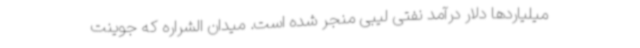
میلیاردها دلار درآمد نفتی لیبی منجر شده است. میدان الشراره که جوینت